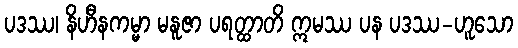
ပဒဿ၊ နိဟီနကမ္မာ မနူဇာ ပရတ္ထာတိ ဣမဿ ပန ပဒဿ-ဟူသော